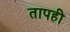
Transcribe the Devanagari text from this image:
तापही